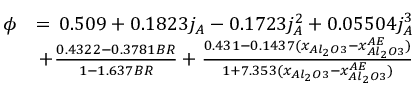
\begin{array} { r l } { \phi } & { = \, 0 . 5 0 9 + 0 . 1 8 2 3 j _ { A } - 0 . 1 7 2 3 j _ { A } ^ { 2 } + 0 . 0 5 5 0 4 j _ { A } ^ { 3 } } \\ & { \, + \frac { 0 . 4 3 2 2 - 0 . 3 7 8 1 B R } { 1 - 1 . 6 3 7 B R } + \frac { 0 . 4 3 1 - 0 . 1 4 3 7 ( x _ { A l _ { 2 } O 3 } - x _ { A l _ { 2 } O 3 } ^ { A E } ) } { 1 + 7 . 3 5 3 ( x _ { A l _ { 2 } O 3 } - x _ { A l _ { 2 } O 3 } ^ { A E } ) } } \end{array}